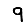
Digit: 9